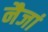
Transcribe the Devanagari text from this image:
नैजां